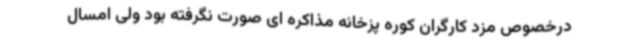
درخصوص مزد کارگران کوره پزخانه مذاکره ای صورت نگرفته بود ولی امسال